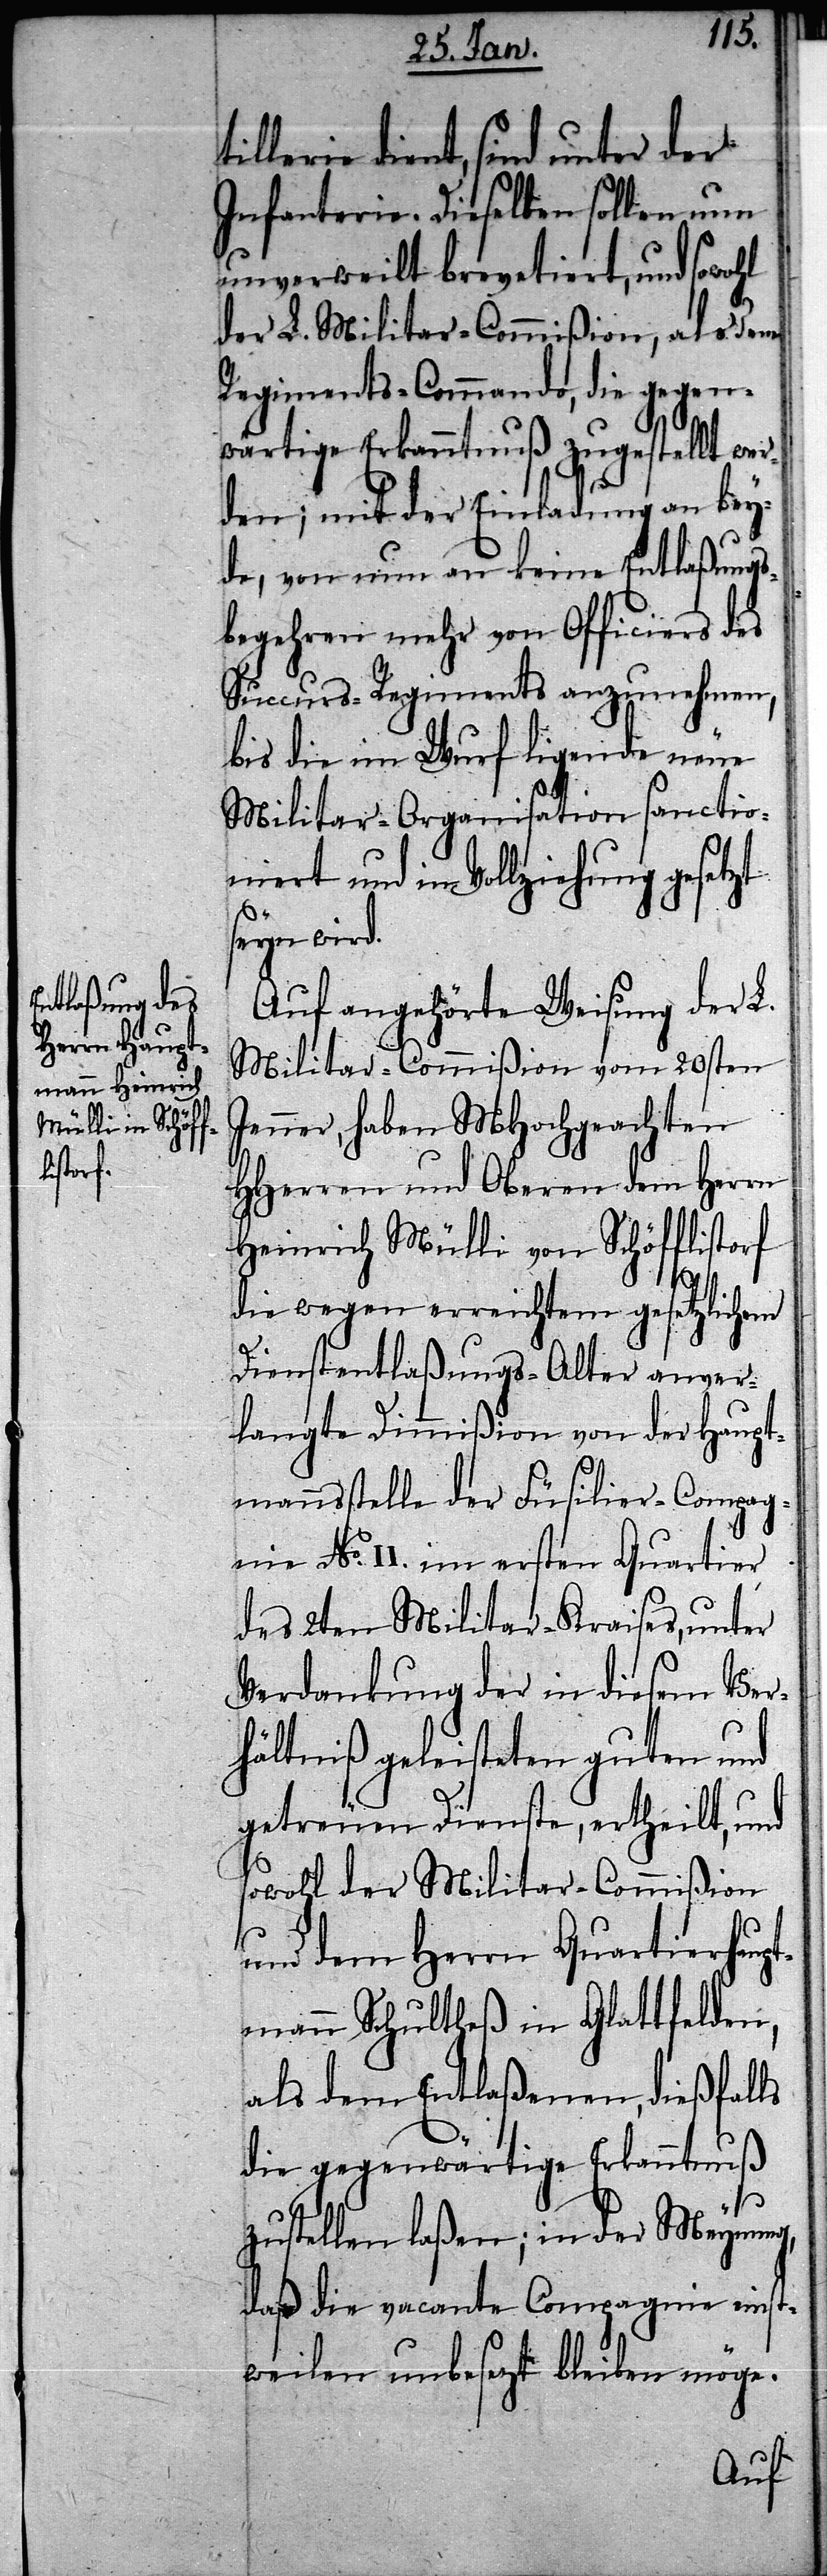
tillerie dient, sind unter der
Infanterie. Dieselben sollen nun
unverweilt brevetiert, und sowohl
der L. Militar-Commißion, als dem
Regiments-Commando, die gegen¬
wärtige Erkanntnuß zugestellt we¬
rden; mit der Einladung an bey¬
de, von nun an keine Entlaßungs¬
begehren mehr von Officiers des
Succurs-Regiments anzunehmen,
bis die im Wurf ligende neue
Militar-Organisation sanctio¬
niert und in Vollziehung gesetzt
seyn wird.
Auf angehörte Weisung der L.
Militar-Commißion vom 20sten
Jenner, haben Mhochgeachten
HHerren und Oberen dem Herrn
Heinrich Mülli von Schöfflistorf
die wegen erreichtem gesetzlichem
Dienstentlaßungs-Alter anver¬
langte Dimmißion von der Haupt¬
mannsstelle der Füsilier-Compag¬
nie No. II. im ersten Quartier
des 2ten Militar-Kraises, unter
Verdankung der in diesem Ver¬
hältniß geleisteten guten und
getreuen Dienste, ertheilt, und
sowohl der Militar-Commißion
und dem Herrn Quartierhaupt¬
mann Schultheß in Glattfelden,
als dem Entlaßenen, dießfalls
die gegenwärtige Erkanntnuß
zustellen laßen; in der Meynung,
daß die vacante Compagnie einst¬
weilen unbesetzt bleiben möge.